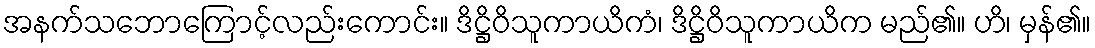
အနက်သဘောကြောင့်လည်းကောင်း။ ဒိဋ္ဌိဝိသူကာယိကံ၊ ဒိဋ္ဌိဝိသူကာယိက မည်၏။ ဟိ၊ မှန်၏။